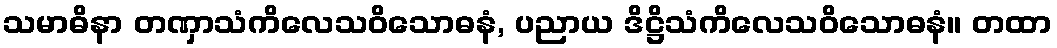
သမာဓိနာ တဏှာသံကိလေသဝိသောဓနံ, ပညာယ ဒိဋ္ဌိသံကိလေသဝိသောဓနံ။ တထာ